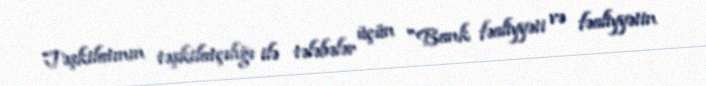
Təşkilatının təşkilatçılığı ilə tələbələr üçün "Bank fəaliyyəti və fəaliyyətin